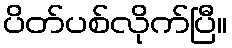
ပိတ်ပစ်လိုက်ပြီ။